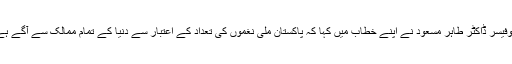
پروفیسر ڈاکٹر طاہر مسعود نے اپنے خطاب میں کہا کہ پاکستان ملی نغموں کی تعداد کے اعتبار سے دنیا کے تمام ممالک سے آگے ہے ۔